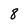
Character: 8